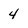
Character: 4